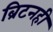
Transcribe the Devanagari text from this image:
ब्रिटनही